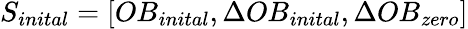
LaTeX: S_{inital}=[OB_{inital},\Delta OB_{inital},\Delta OB_{zero}]